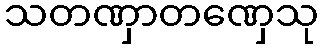
သတဏှာတဏှေသု